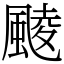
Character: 䬋